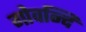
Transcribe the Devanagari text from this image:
गोवन्दि